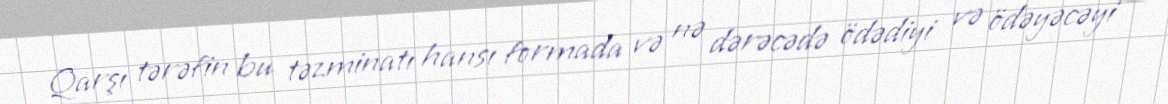
Qarşı tərəfin bu təzminatı hansı formada və nə dərəcədə ödədiyi və ödəyəcəyi